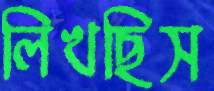
লিখছিস